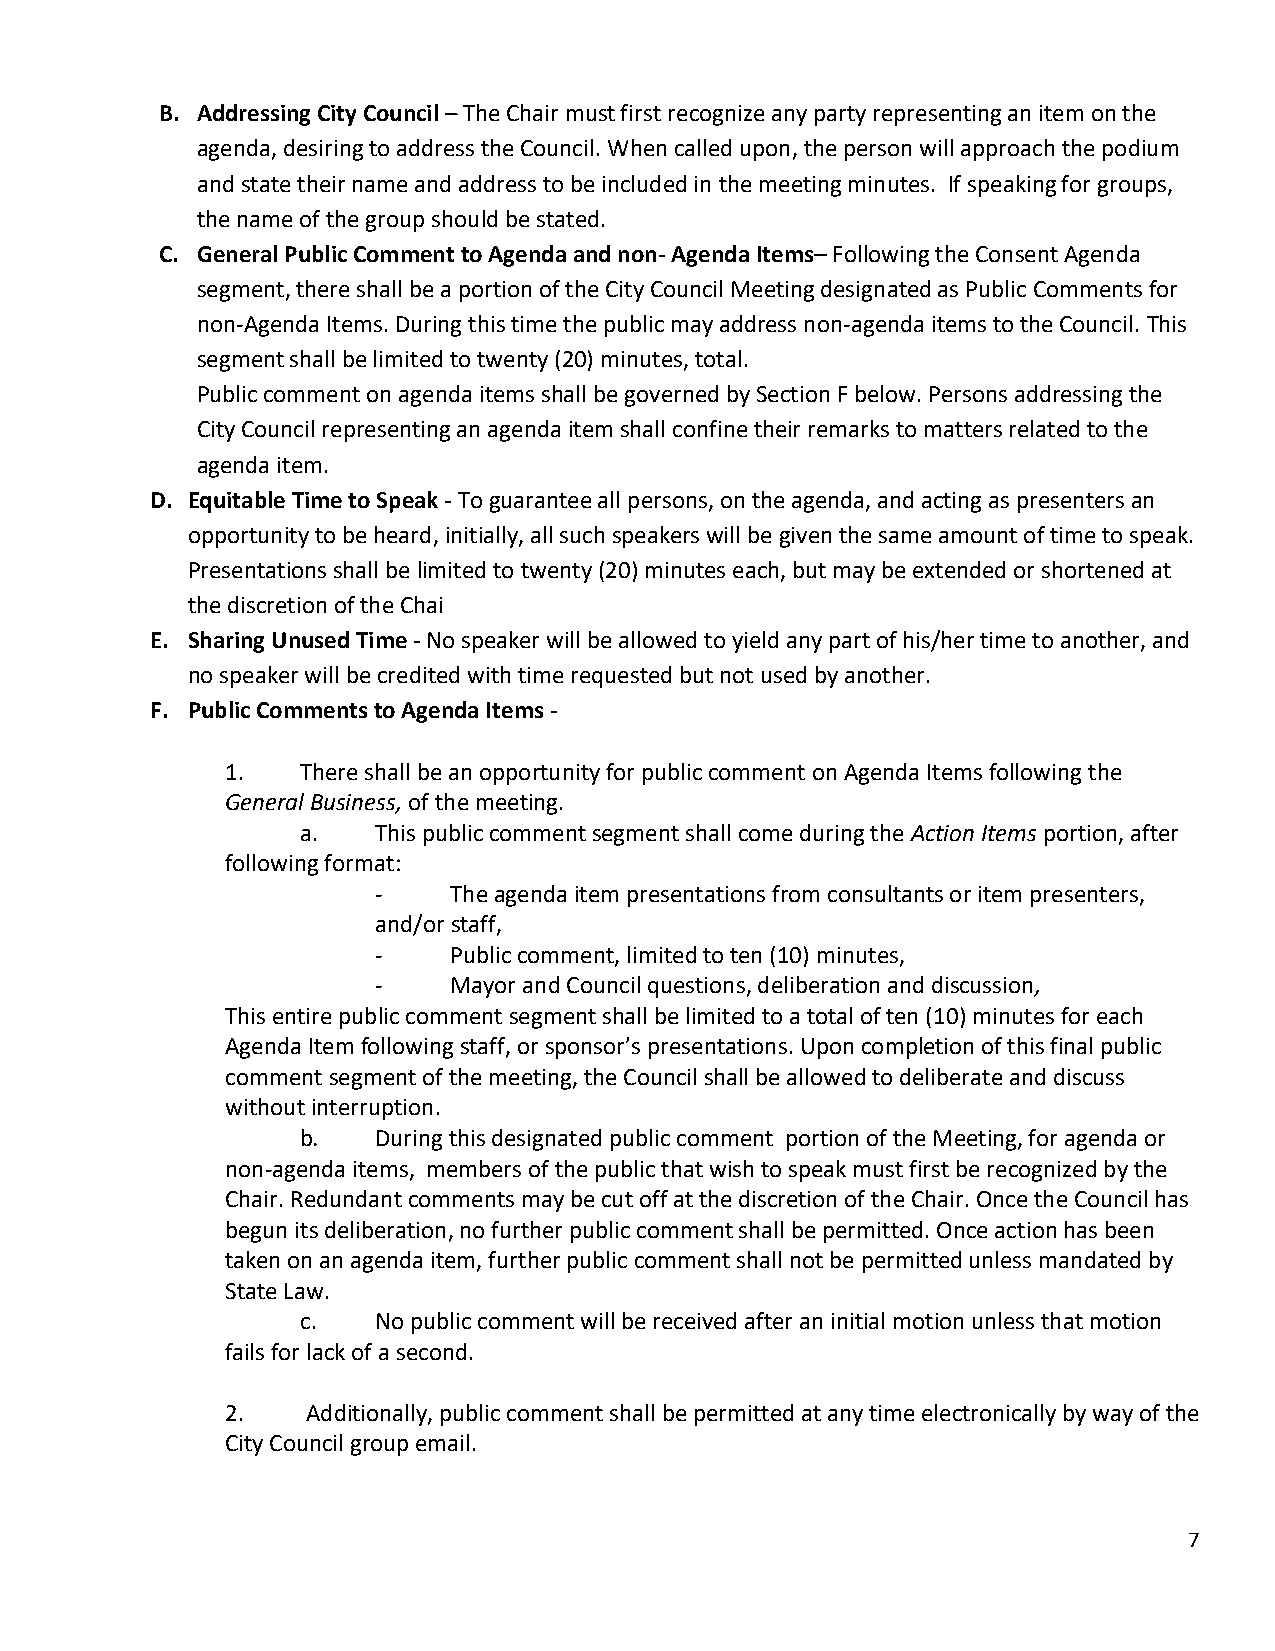
B. Addressing City Council – The Chair must first recognize any party representing an item on the
 agenda, desiring to address the Council. When called upon, the person will approach the podium
 and state their name and address to be included in the meeting minutes. If speaking for groups,
 the name of the group should be stated.
 C. General Public Comment to Agenda and non- Agenda Items– Following the Consent Agenda
 segment, there shall be a portion of the City Council Meeting designated as Public Comments for
 non-Agenda Items. During this time the public may address non-agenda items to the Council. This
 segment shall be limited to twenty (20) minutes, total.
 Public comment on agenda items shall be governed by Section F below. Persons addressing the
 City Council representing an agenda item shall confine their remarks to matters related to the
 agenda item.
 D. Equitable Time to Speak - To guarantee all persons, on the agenda, and acting as presenters an
 opportunity to be heard, initially, all such speakers will be given the same amount of time to speak.
 Presentations shall be limited to twenty (20) minutes each, but may be extended or shortened at
 the discretion of the Chai
 E. Sharing Unused Time - No speaker will be allowed to yield any part of his/her time to another, and
 no speaker will be credited with time requested but not used by another.
 F. Public Comments to Agenda Items -
 1.   There shall be an opportunity for public comment on Agenda Items following the
 General Business, of the meeting.
 a.   This public comment segment shall come during the Action Items portion, after
 following format:
 -    The agenda item presentations from consultants or item presenters,
 and/or staff,
 -    Public comment, limited to ten (10) minutes,
 -    Mayor and Council questions, deliberation and discussion,
 This entire public comment segment shall be limited to a total of ten (10) minutes for each
 Agenda Item following staff, or sponsor’s presentations. Upon completion of this final public
 comment segment of the meeting, the Council shall be allowed to deliberate and discuss
 without interruption.
 b.   During this designated public comment portion of the Meeting, for agenda or
 non-agenda items, members of the public that wish to speak must first be recognized by the
 Chair. Redundant comments may be cut off at the discretion of the Chair. Once the Council has
 begun its deliberation, no further public comment shall be permitted. Once action has been
 taken on an agenda item, further public comment shall not be permitted unless mandated by
 State Law.
 c.   No public comment will be received after an initial motion unless that motion
 fails for lack of a second.
 2.   Additionally, public comment shall be permitted at any time electronically by way of the
 City Council group email.
 7